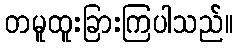
တမူထူးခြားကြပါသည်။